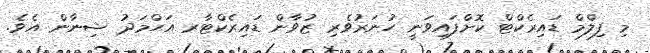
މި ފިލްމް ޑައިރެކްޓް ކޮށްފައިވަނީ ހުނަރުވެރި ޒުވާން ޑައިރެކްޓާރ އަޙްމަދު ޝިނާން އެވެ.